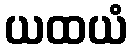
ယထယံ